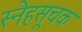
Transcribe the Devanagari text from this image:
स्नेहसूचक